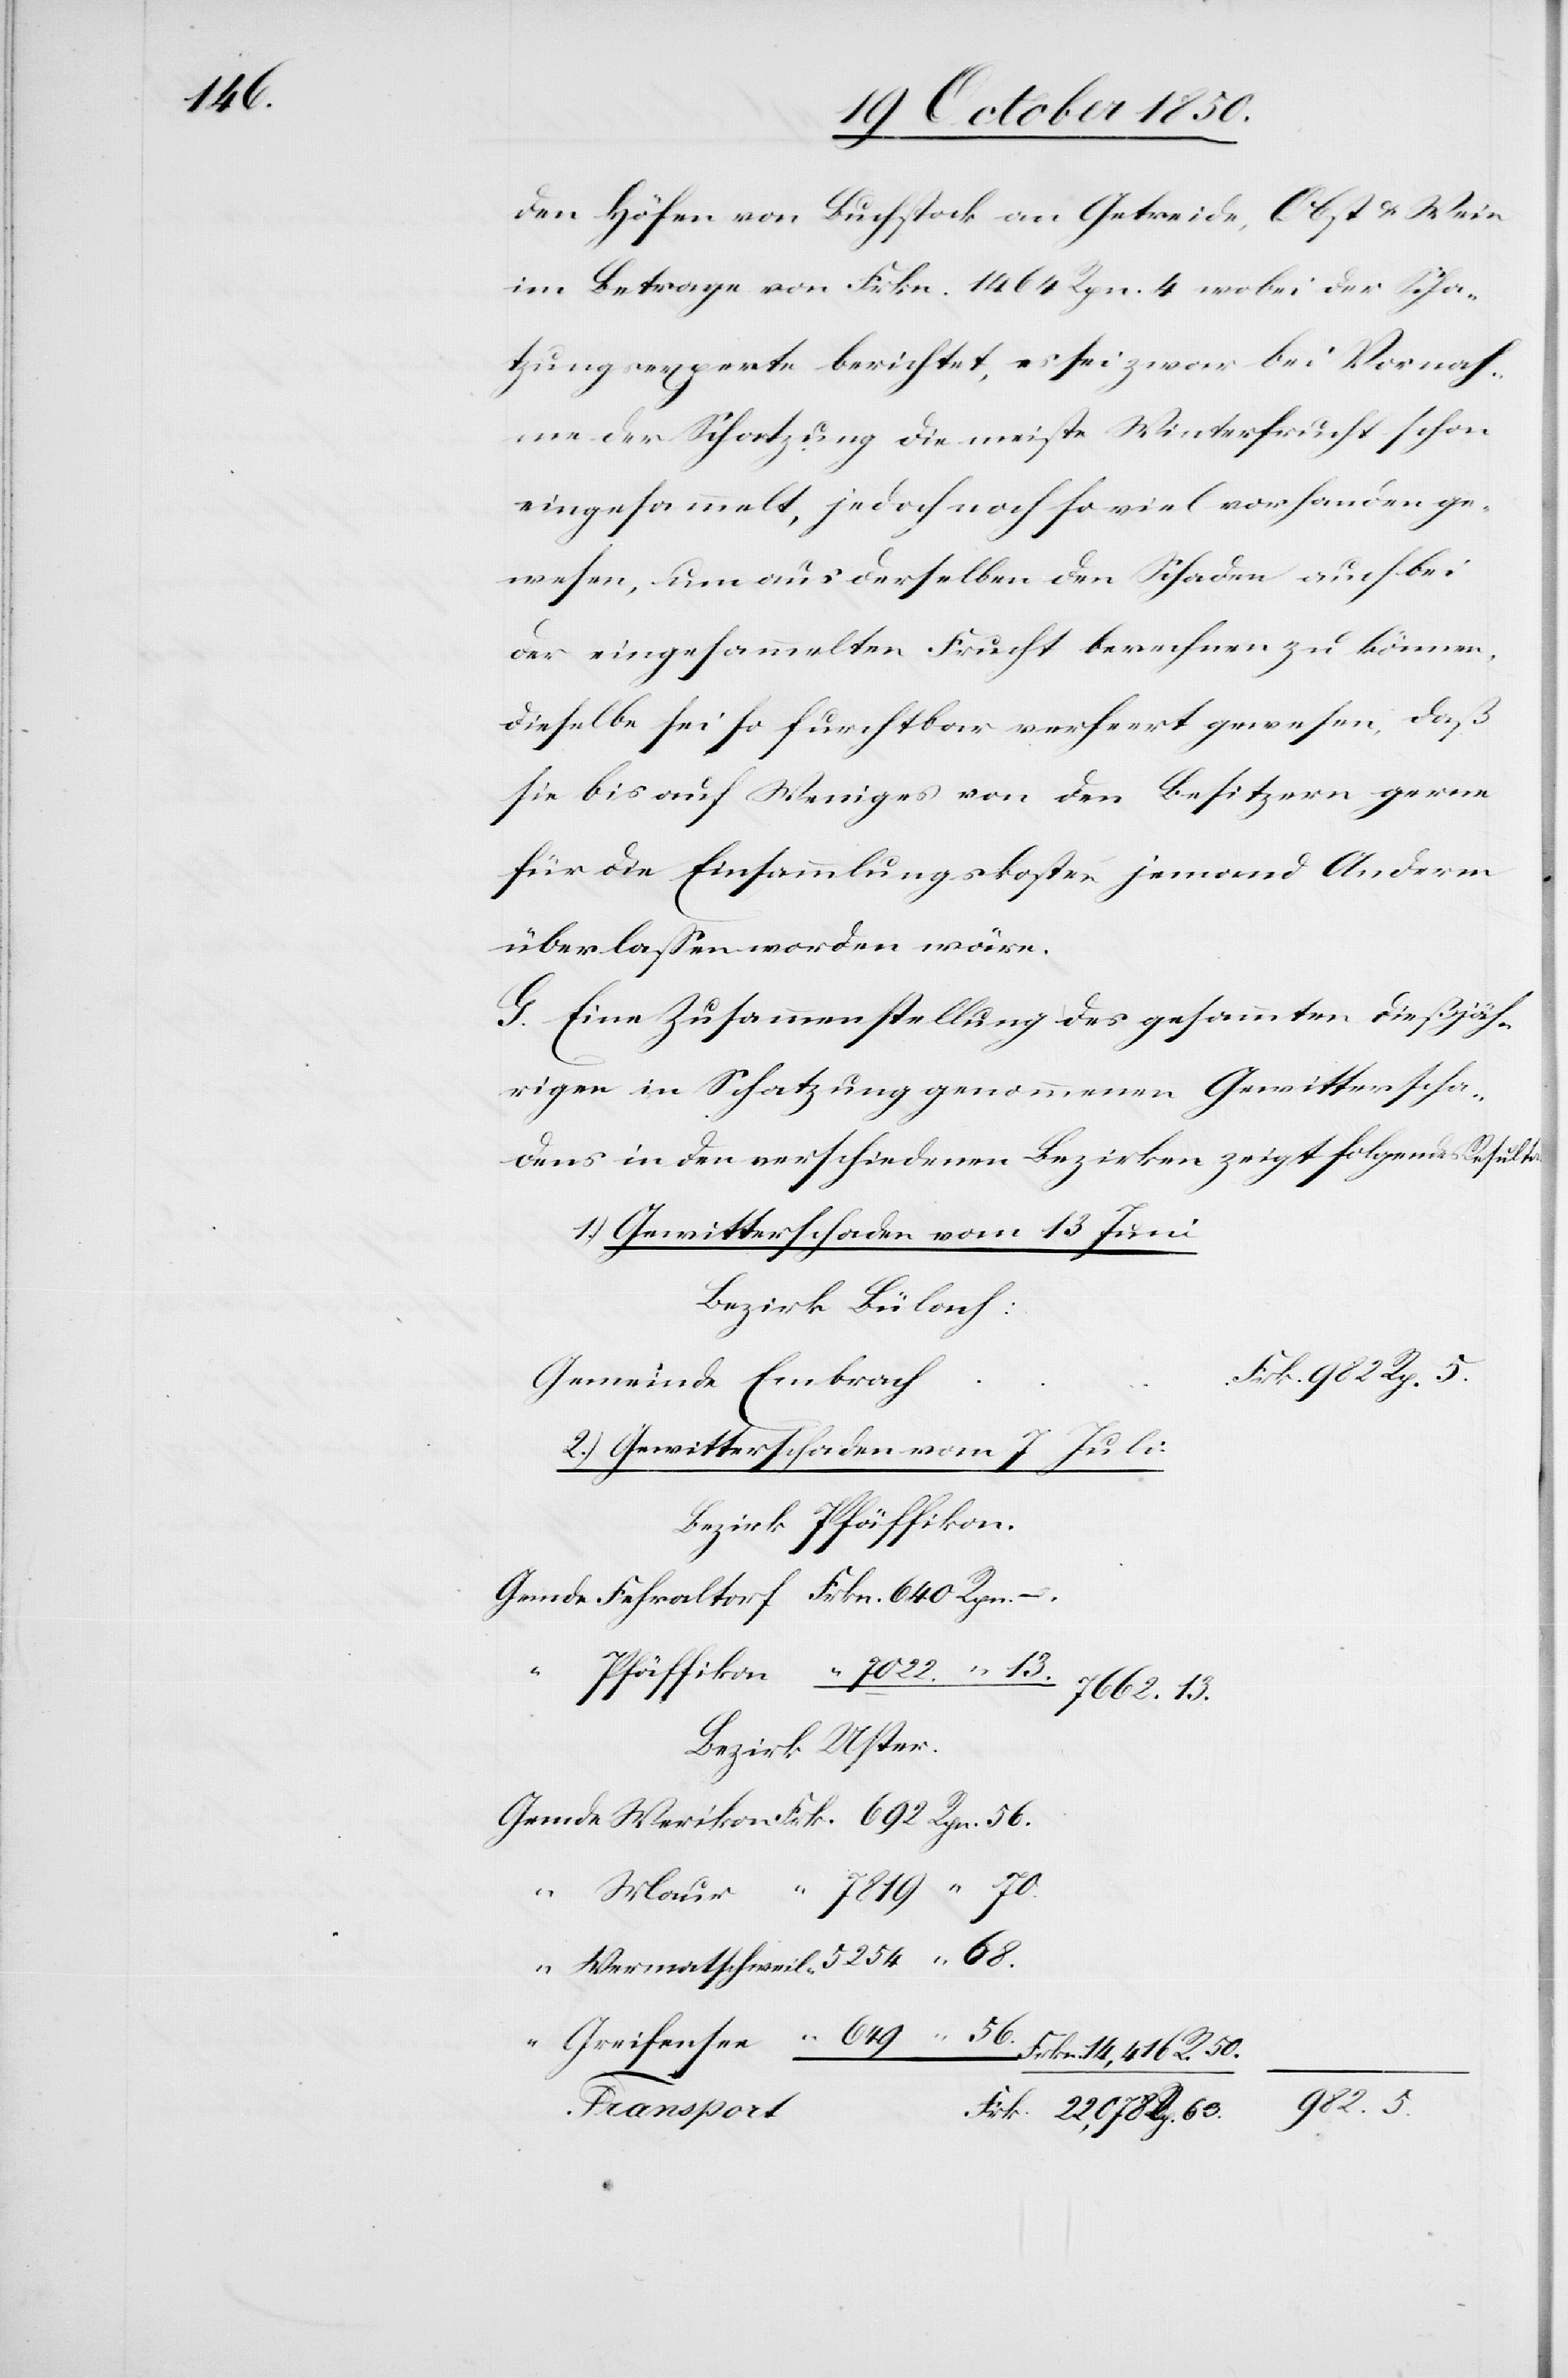
56.

den Höfen von Buchstock an Getreide, Obst u. Wein
im Betrage von Frkn. 1464 Rpn. 4 wobei der Scha¬
tzungsexperte berichtet, es sei zwar bei Vornah¬
me der Schatzung die meiste Winterfrucht schon
eingesammelt, jedoch noch so viel vorhanden ge¬
wesen, um aus derselben den Schaden auch bei
der eingesammelten Frucht berechnen zu können,
dieselbe sei so furchtbar verheert gewesen, daß
sie bis auf Weniges von den Besitzern gerne
für die Einsammlungskosten jemand Anderm
überlassen worden wäre.
G. Eine Zusammenstellung des gesammten dießjäh¬
rigen in Schatzung genommenen Gewitterscha¬
dens in den verschiedenen Bezirken zeigt folgendes Resultat:
1.) Gewitterschaden vom 13 Juni
Bezirk Bülach:
2.) Gewitterschaden vom 7 Juli
Bezirk Pfäffikon.
Gemde Fehraltorf	Frkn. 640 Rpn.
Pfäffikon	 “ 7022. “ 13.
Bezirk Uster.
Gemde Werikon		Frk. 692 Rpn. 56.
“ Maur		 “ 7819 “ 70.
“ Wermatschweil	 “ 5254 “ 68.
Rp. 5.
Frkn 14,416 R. 50.